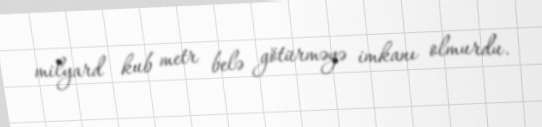
milyard kub metr belə götürməyə imkanı olmurdu.